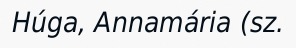
Húga, Annamária (sz.